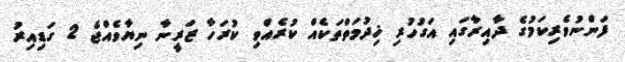
ފަންނުވެރިކަމުގެ ދާއިރާގައި އަގުހުރި ޚިދުމަތްތަކެއް ކުރެއްވި ކުރަހާ ޒަރީނާ ނިޔާވެއްޖެ 2 ގަޑިއިރު